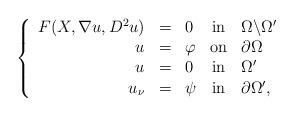
LaTeX: \begin{align*} \left\{\begin{array}{rclcl}F(X, \nabla u, D^2 u) &=& 0 & \mbox{in} & \Omega \backslash \Omega^{\prime}\\u & = & \varphi & \mbox{on} & \partial \Omega\\u & = & 0 & \mbox{in} & \Omega^{\prime}\\u_{\nu} & = & \psi &\mbox{in} & \partial \Omega^{\prime},\end{array}\right.\end{align*}